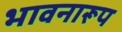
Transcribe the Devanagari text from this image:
भावनारूप